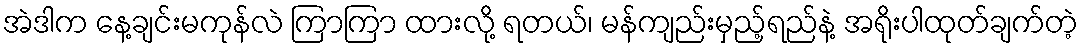
အဲဒါက နေ့ချင်းမကုန်လဲ ကြာကြာ ထားလို့ ရတယ်၊ မန်ကျည်းမှည့်ရည်နဲ့ အရိုးပါထုတ်ချက်တဲ့